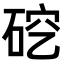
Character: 𪿜